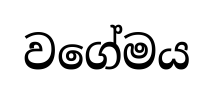
වගේමය